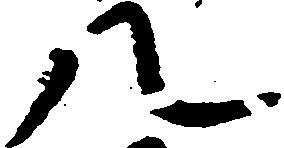
八